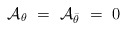
\begin{align*}{\cal A}_{\theta} \ = \ {\cal A}_{\bar\theta} \ = \ 0\end{align*}